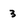
Character: 3